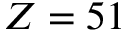
Z = 5 1